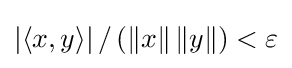
\left|\left\langle x,y\right\rangle \right|/\left(\left\|x\right\|\left\|y\right\|\right)<\varepsilon